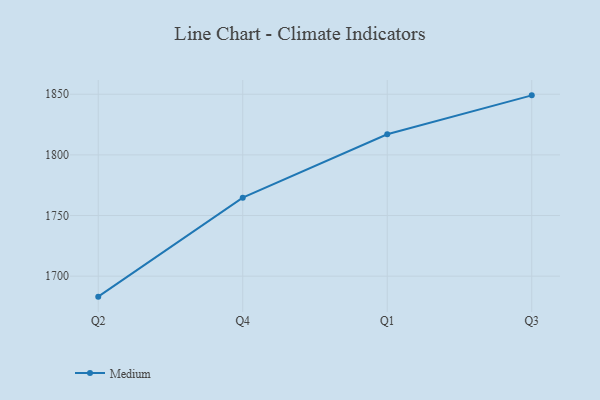
{"axis": {"x": "Quarter", "y": "Bounce Rate (%)"}, "legend": ["Medium"], "data": [{"x": "Q2", "y": 1683.1, "type": "Medium"}, {"x": "Q4", "y": 1764.7, "type": "Medium"}, {"x": "Q1", "y": 1817.0, "type": "Medium"}, {"x": "Q3", "y": 1849.1, "type": "Medium"}]}